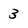
Character: 3